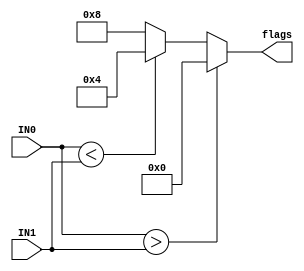
module CMP (IN0, IN1, flags);
parameter N=16;
input [(N-1):0] IN0, IN1;
output [3:0] flags;
reg [3:0] flags;
always @ *
begin
if (IN0 > IN1) 
	flags = 4'b0000;
else if (IN0 < IN1) 
	flags = 4'b0100;
else 
	flags = 4'b1000;
end
endmodule